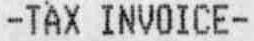
-TAX INVOICE-